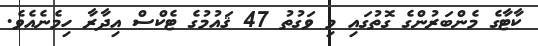
ކާޓާގެ މެންބަރުންގެ ގޮތުގައި މި ވަގުތު 47 ޤައުމުގެ ޓެކްސް އިދާރާ ހިމެނެއެވެ.